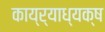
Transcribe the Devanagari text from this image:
काय्र्याध्यक्ष